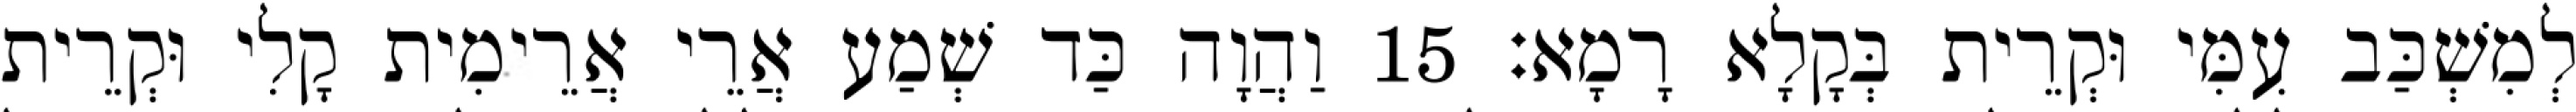
לְמִשְׁכַּב עִמִּי וּקְרֵית בְּקָלָא רָמָא׃ 15 וַהֲוָה כַּד שְׁמַע אֲרֵי אֲרֵימִית קָלִי וּקְרֵית